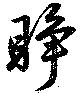
睜